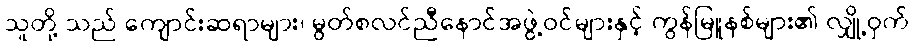
သူတို့ သည် ကျောင်းဆရာများ၊ မွတ်စလင်ညီနောင်အဖွဲ့ဝင်များနှင့် ကွန်မြူနစ်များ၏ လျှို့ဝှက်